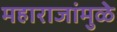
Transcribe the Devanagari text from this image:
महाराजांमुळे